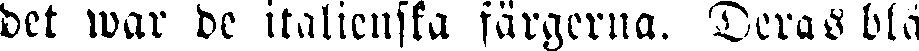
det war de italienska färgerna. Deras blå